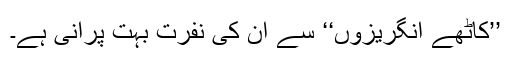
’’کاٹھے انگریزوں‘‘ سے ان کی نفرت بہت پرانی ہے۔